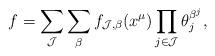
LaTeX: \begin{align*}f=\sum_{\mathcal{J}} \sum_{\beta} f_{\mathcal{J},\beta}(x^{\mu}) \prod_{j \in \mathcal{J}} \theta_j^{\beta^j},\end{align*}